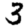
Digit: 3